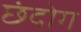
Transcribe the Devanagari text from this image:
छंदोग